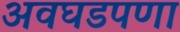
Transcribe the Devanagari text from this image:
अवघडपणा